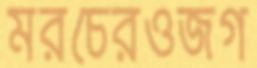
মরচেরওজগ